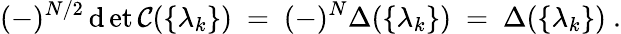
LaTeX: (-)^{N/2}\operatorname*{\mathrm{d}et}\mathcal{{C}}(\{ \lambda_{k}\} )~=~(-)^{N}\Delta(\{ \lambda_{k}\} )~=~\Delta(\{ \lambda_{k}\} )~.